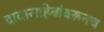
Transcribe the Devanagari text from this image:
दादासाहेबांवरूनच